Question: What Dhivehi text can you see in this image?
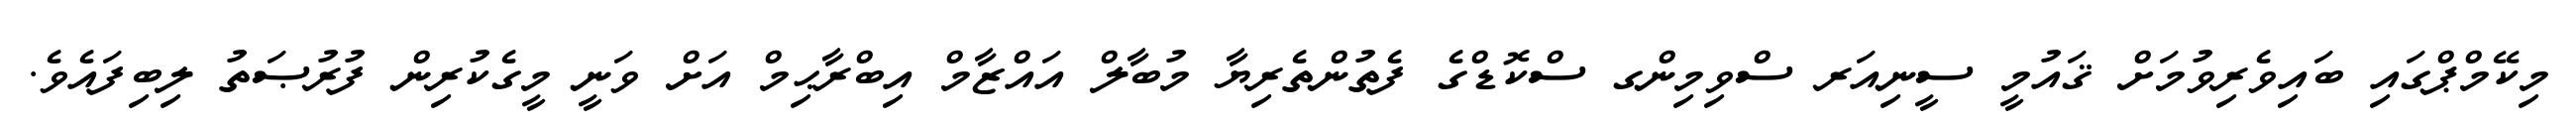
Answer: މިކޭމްޕްގައި ބައިވެރިވުމަށް ޤައުމީ ސީނިއަރ ސްވިމިންގ ސްކޮޑްގެ ފެތުންތެރިޔާ މުބާލް އައްޒާމް އިބްރާޙިމް އަށް ވަނީ މީގެކުރިން ފުރުޞަތު ލިބިފައެވެ.